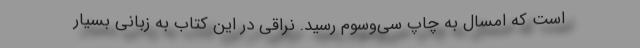
است که امسال به چاپ سی‌و‌سوم رسید. نراقی در این کتاب به زبانی بسیار